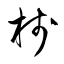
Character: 棧